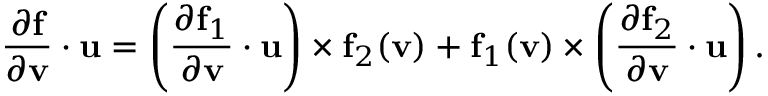
{ \frac { \partial \mathbf { f } } { \partial \mathbf { v } } } \cdot \mathbf { u } = \left( { \frac { \partial \mathbf { f } _ { 1 } } { \partial \mathbf { v } } } \cdot \mathbf { u } \right) \times \mathbf { f } _ { 2 } ( \mathbf { v } ) + \mathbf { f } _ { 1 } ( \mathbf { v } ) \times \left( { \frac { \partial \mathbf { f } _ { 2 } } { \partial \mathbf { v } } } \cdot \mathbf { u } \right) .